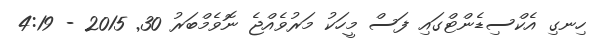
ހިނގި އެކްސިޑެންޓްގައި ފަސް މީހަކު މަރުވެއްޖެ ނޮވެމްބަރު 30